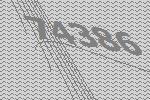
74386